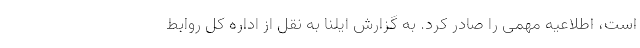
است، اطلاعیه مهمی را صادر کرد. به گزارش ایلنا به نقل از اداره کل روابط